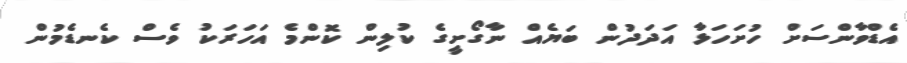
އެޑްވާންސަށް ހުށަހަޅާ އަދަދުން ބަޔެއް ނާގޯށީގެ ކުލިން ކޮންމެ އަހަރަކު ވެސް ކެނޑެމުން